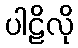
ပါဠိလို